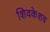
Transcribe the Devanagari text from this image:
शिवकेशव